Leaving Certificate Examination, 1920, 1920
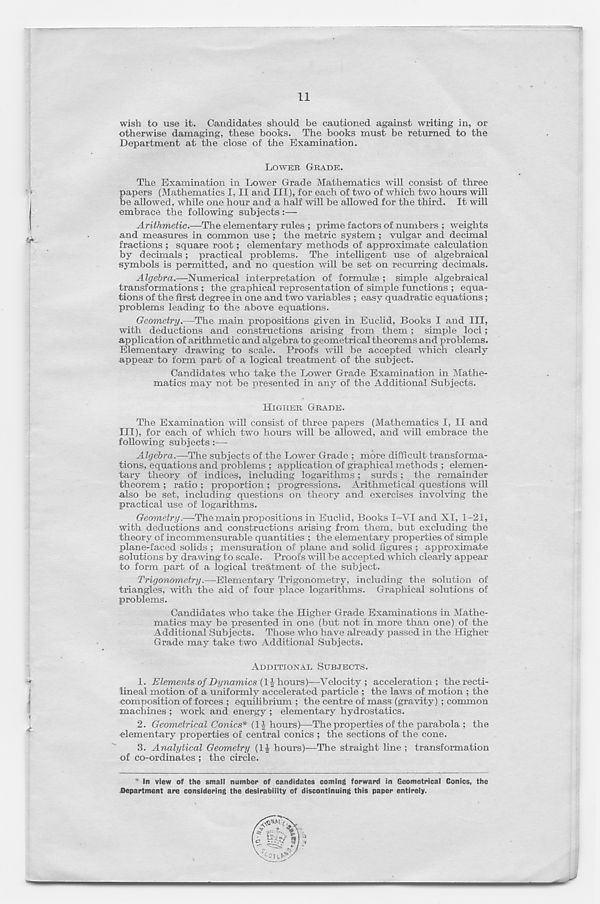
11
wish to use it. Candidates should be cautioned against writing in, or
otherwise damaging, these books. The books must be returned to the
Department at the close of the Examination.
LOWES GRADE.
The Examination in Lower Grade Mathematics will consist of three
papers (Mathematics I, II and III), for each of two of which two hours will
be allowed, while one hour and a half will be allowed for the third. It will
embrace the following subjects:—
Arithmetic.—The elementary rules ; prime factors of numbers ; weights
and measures in common use ; the metric system ; vulgar and decimal
fractions ; square root; elementary methods of approximate calculation
by decimals; practical problems. The intelligent use of algebraical
symbols is permitted, and no question will be set on recurring decimals.
Algebra.—Numerical interpretation of formulae ; simple algebraical
transformations ; the graphical representation of simple functions ; equa-
tions of the first degree in one and two variables ; easy quadratic equations;
problems leading to the above equations.
Geometry.—The main propositions given in Euclid, Books I and III,
with deductions and constructions arising from them; simple loci;
application of arithmetic and algebra to geometrical theorems and problems.
Elementary drawing to scale. Proofs will be accepted which clearly
appear to form part of a logical treatment of the subject.
Candidates who take the Lower Grade Examination in Mathe-
matics may not be presented in any of the Additional Subjects.
HIGHER GRADE.
The Examination will consist of three papers (Mathematics I, II and
III), for each of which two hours will be allowed, and will embrace the
following subjects :—-
Algebra.—The subjects of the Lower Grade ; more difficult transforma-
tions, equations and problems ; application of graphical methods ; elemen-
tary theory of indices, including logarithms; surds; the remainder
theorem ; ratio ; proportion ; progressions. Arithmetical questions will
also be set, including questions on theory and exercises involving the
practical use of logarithms.
Geometry.—The main propositions in Euclid, Books I—VI and XI, 1-21,
with deductions and constructions arising from them, but excluding the
theory of incommensurable quantities ; the elementary properties of simple
plane-faced solids ; mensuration of plane and solid figures ; approximate
solutions by drawing to scale. Proofs will be accepted which clearly appear
to form part of a logical treatment of the subject.
Trigonometry.—Elementary Trigonometry, including the solution of
triangles, with the aid of four place logarithms. Graphical solutions of
problems.
Candidates who take the Higher Grade Examinations in Mathe-
matics may be presented in one (but not in more than one) of the
Additional Subjects. Those who have already passed in the Higher
Grade may take two Additional Subjects.
ADDITIONAL SUBJECTS.
1. Elements of Dynamics (labours)—Velocity ; acceleration; the recti-
lineal motion of a uniformly accelerated particle ; the laws of motion ; the
composition of forces ; equilibrium ; the centre of mass (gravity) ; common
machines ; work and energy ; elementary hydrostatics.
2. Geometrical Conics* (1 f hours)—The properties of the parabola ; the
elementary properties of central conics ; the sections of the cone.
3. Analytical Geometry (1J hours)—The straight line ; transformation
of co-ordinates ; the circle.
41 In view of the small number of candidates coming forward in Geometrical Conics, the
Department are considering the desirability of discontinuing this paper entirely.